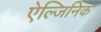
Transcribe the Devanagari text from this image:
ऐल्जिनिक